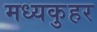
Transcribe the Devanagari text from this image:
मध्यकुहर